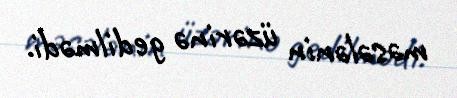
məsələnin üzərinə gedilmədi.